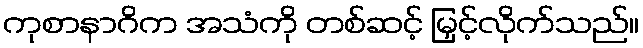
ကုစာနာဂိက အသံကို တစ်ဆင့် မြှင့်လိုက်သည်။